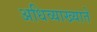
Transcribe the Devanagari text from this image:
अधिव्याख्याते